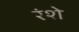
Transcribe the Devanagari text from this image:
रंशे